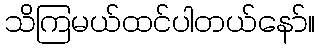
သိကြမယ်ထင်ပါတယ်နော်။